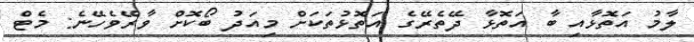
ލާމު އަތޮޅާއި ބާ އަތޮޅާ ދޭތެރޭގެ އަތޮޅުތަކަށް މިއަދު ބޯކޮށް ވާރޭވެހޭނެ: މެޓް